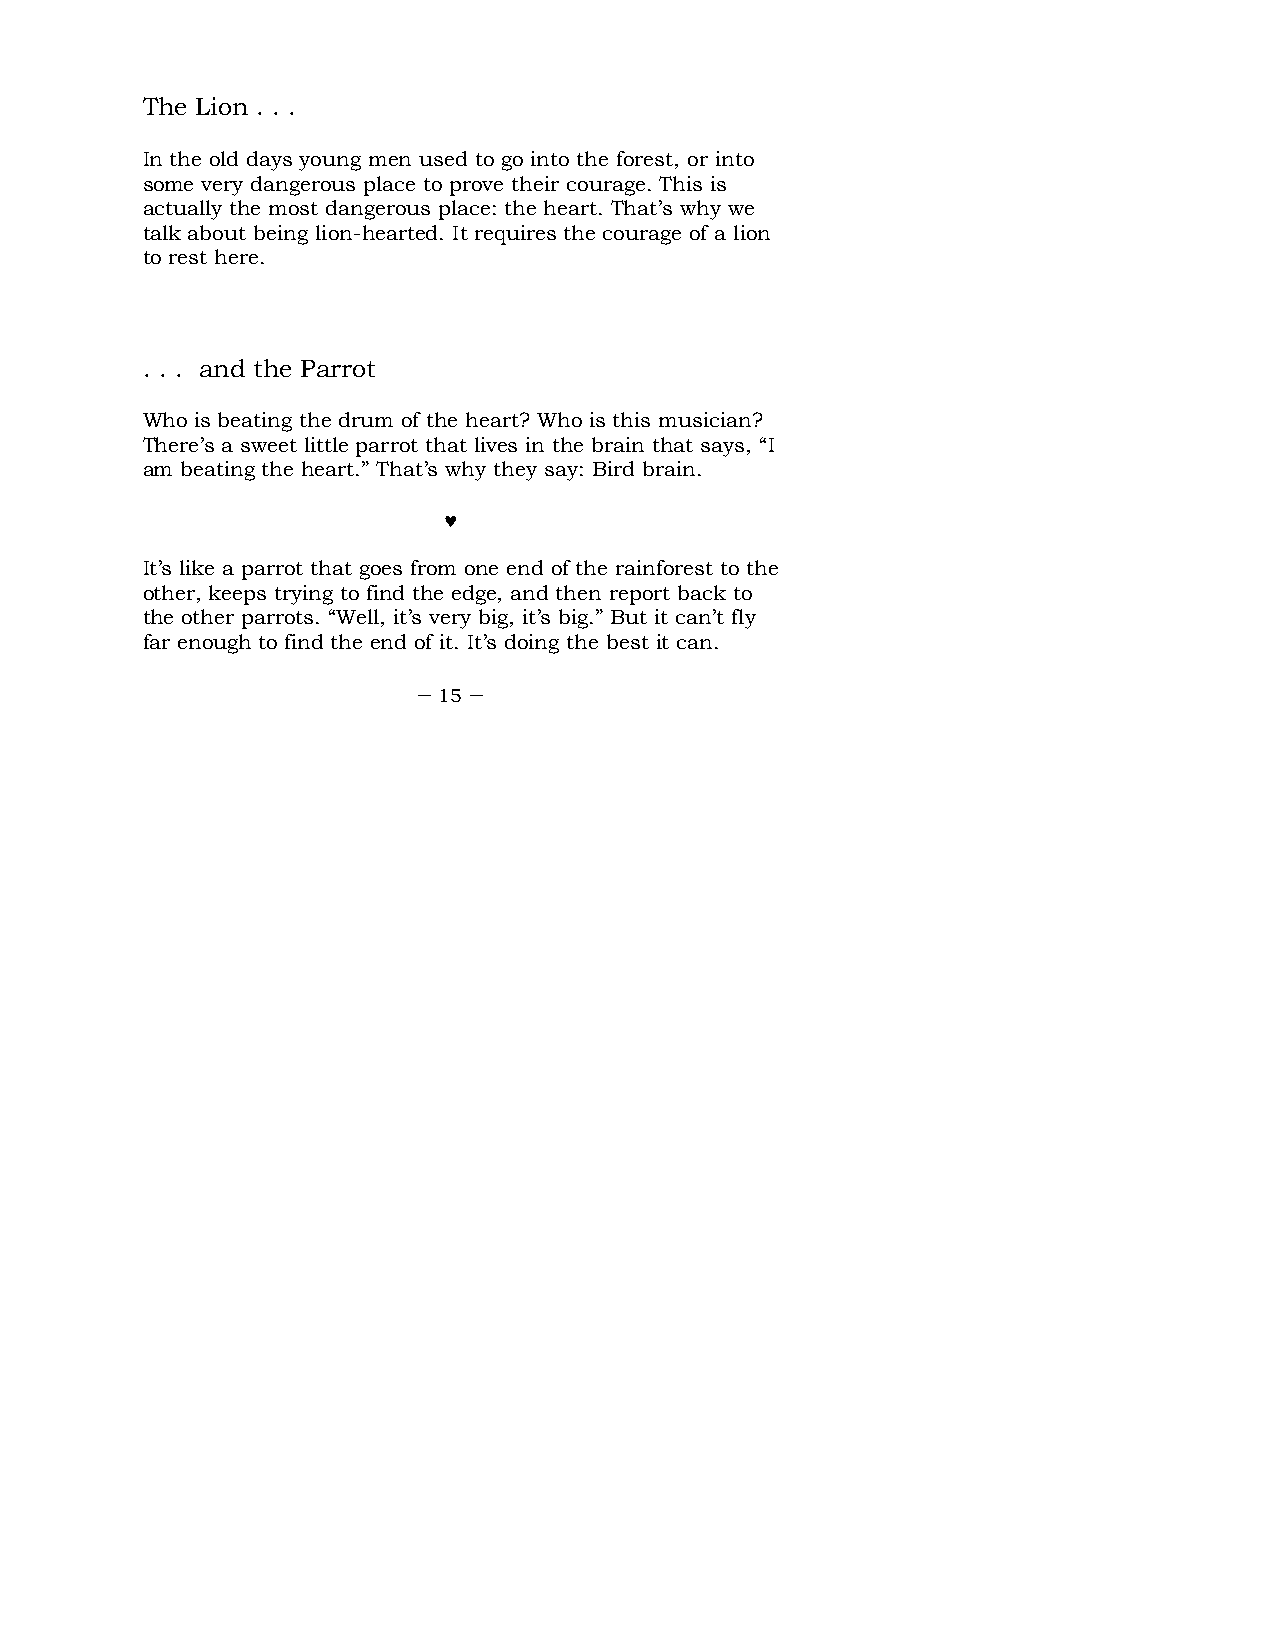
The Lion . . .
 In the old days young men used to go into the forest, or into
 some very dangerous place to prove their courage. This is
 actually the most dangerous place: the heart. That’s why we
 talk about being lion-hearted. It requires the courage of a lion
 to rest here.
 . . . and the Parrot
 Who is beating the drum of the heart? Who is this musician?
 There’s a sweet little parrot that lives in the brain that says, “I
 am beating the heart.” That’s why they say: Bird brain.
 ♥
 It’s like a parrot that goes from one end of the rainforest to the
 other, keeps trying to find the edge, and then report back to
 the other parrots. “Well, it’s very big, it’s big.” But it can’t fly
 far enough to find the end of it. It’s doing the best it can.
 – 15 –